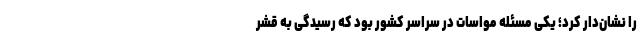
را نشان‌دار کرد؛ یکی مسئله مواسات در سراسر کشور بود که رسیدگی به قشر